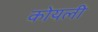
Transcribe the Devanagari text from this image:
कोयली